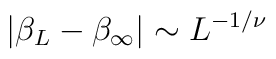
\left| \beta_{L} - \beta_{\infty} \right| \sim L^{-1/\nu}